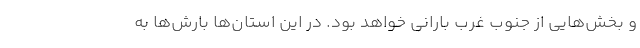
و بخش‌هایی از جنوب غرب بارانی خواهد بود. در این استان‌ها بارش‌ها به